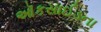
ઑકસાઈડના